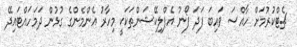
ޗެޓްކުރުމަށް ހާއްސަ ވައިބަ ފަދަ ފޯނު އެޕްލިކޭޝަންތަކަކީ މިހާރު އެންމެންގެ ގުޅުން ދަމަހައްޓައިދޭ